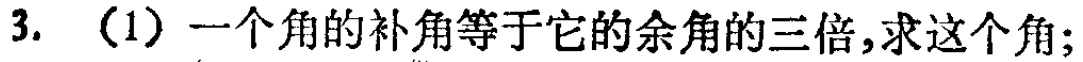
3. （1）一个角的补角等于它的余角的三倍，求这个角；